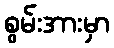
စွမ်းအားမှာ